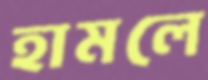
হামলে